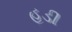
હડી